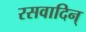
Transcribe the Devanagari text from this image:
रसवादिन्